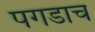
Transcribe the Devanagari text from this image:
पगडाच